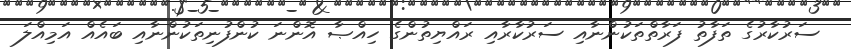
ސަރުކާރުގެ ތަފާތު ފަރާތްތަކުންނާއި ސަރުކާރާއި ރައްޔިތުންގެ ހިއްޞާ އޮންނަ ކުންފުނިތަކުންނާއި ބައެއް އަމިއްލަ